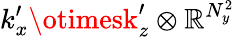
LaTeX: k_{x}^{\prime}\otimesk_{z}^{\prime}\otimes\mathbb{R}^{N_{y}^{2}}